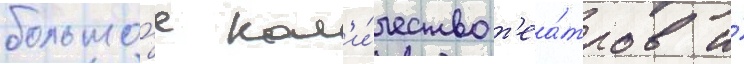
большо́е кол'и́чество т'еа́тров и́